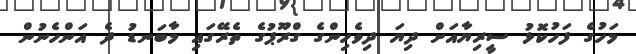
މަހުގެ ފަހުކޮޅު ސީރިޔާއަށް ދިޔަ ދިވެހިންގެ ގްރޫޕުގެ ތެރޭގައި މާބަނޑު ދެ އަންހެނުން